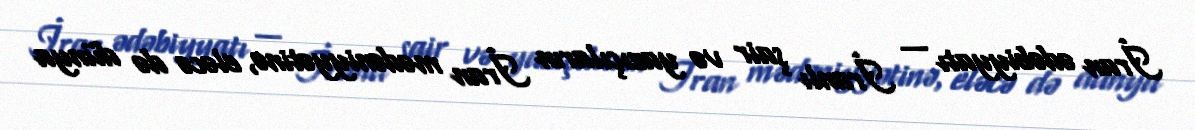
İran ədəbiyyatı — İranlı şair və yazıçıların İran mədəniyyətinə, eləcə də dünya